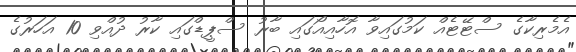
އެމެރިކާގެ ސްޓޭޓެއް ކަމުގައިވާ އޮހާއިއޯގައި ބާރު ސްޕީޑްގައި ކާރު ދުއްވި 10 އަހަރުގެ